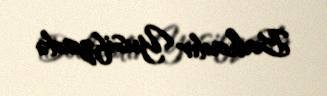
Bahadır Yusifzadə